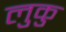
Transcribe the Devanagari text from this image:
लुकु